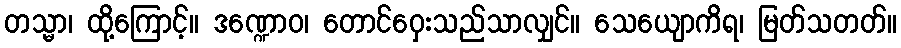
တသ္မာ၊ ထို့ကြောင့်။ ဒဏ္ဍောဝ၊ တောင်ဝှေးသည်သာလျှင်။ သေယျောကိရ၊ မြတ်သတတ်။